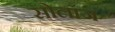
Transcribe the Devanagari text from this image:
सोलांज